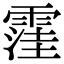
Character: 䨟